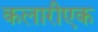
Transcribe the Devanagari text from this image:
कलारीएक